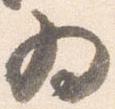
為